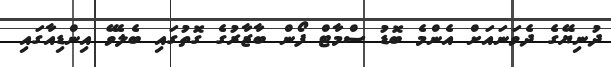
ދުނިޔޭގެ ދެވަނައަށް އެންމެ ބޮޑު ސްމާޓް ފޯން ބާޒާރުގެ ގޮތުގައި ބެލެވޭ އިންޑިއާގައި